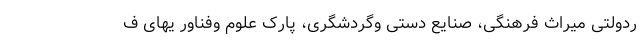
ردولتی میراث فرهنگی، صنایع دستی وگردشگری، پارک علوم وفناور یهای ف